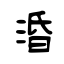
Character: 涽